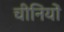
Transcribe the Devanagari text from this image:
चीनियाें